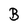
Character: B